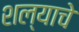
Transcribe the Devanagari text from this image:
शल्याचे